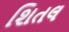
શિતલ